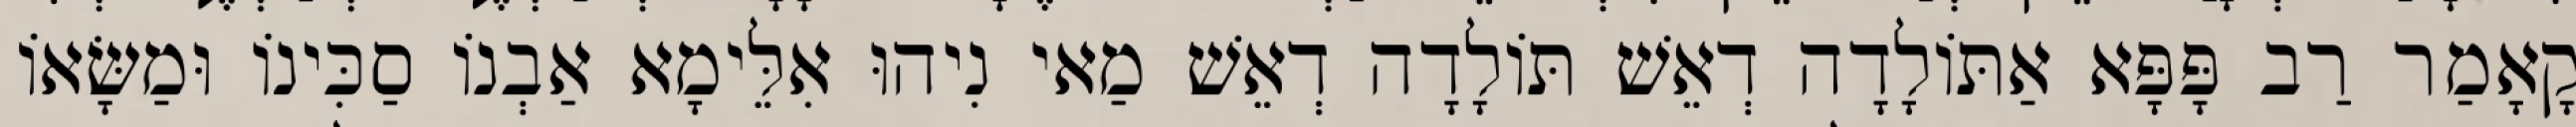
קָאָמַר רַב פָּפָּא אַתּוֹלָדָה דְאֵשׁ תּוֹלָדָה דְאֵשׁ מַאי נִיהוּ אִלֵּימָא אַבְנוֹ סַכִּינוֹ וּמַשָּׂאוֹ